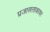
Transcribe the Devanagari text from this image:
प्रजासत्ताकावर